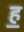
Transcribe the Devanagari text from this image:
ह॒